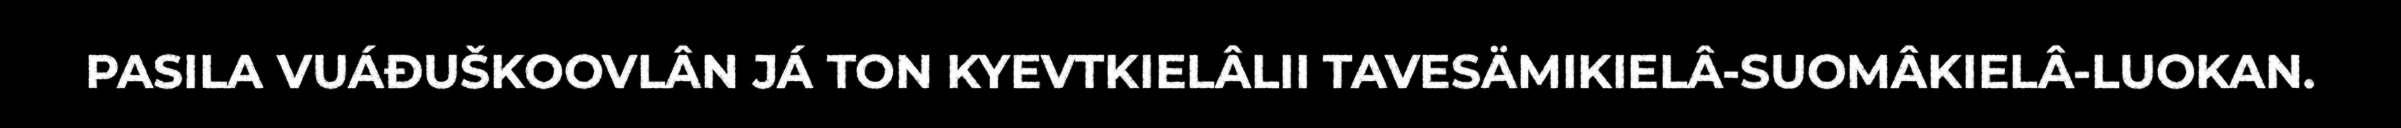
PASILA VUÁĐUŠKOOVLÂN JÁ TON KYEVTKIELÂLII TAVESÄMIKIELÂ-SUOMÂKIELÂ-LUOKAN.